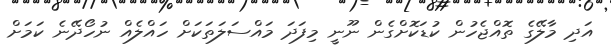
އަދި މާލޭގެ ތޮއްޖެހުން ކުޑަކޮށްގެން ނޫނީ މިފަދަ މައްސަލަތަކަށް ހައްލެއް ނުހޯދޭނެ ކަމަށް